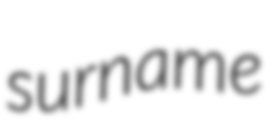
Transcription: surname